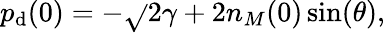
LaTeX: p_{\mathrm{d}}(0)=-\sqrt{}{{2\gamma+2n_{M}(0)}}\sin(\theta),